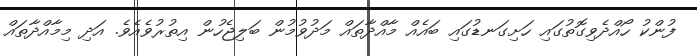
ފުންކު ހޯއްދެވިގޮތުގައި ހަށިގަނޑުގައި ބައެއް މާއްދާތައް މަދުވުމުން ބަލިޖެހުން އިތުރުވެއެވެ. އަދި މިމާއްދާތައް